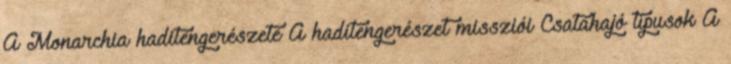
A Monarchia haditengerészete A haditengerészet missziói Csatahajó típusok A